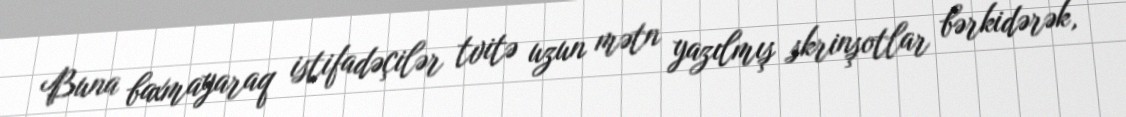
Buna baxmayaraq istifadəçilər tvitə uzun mətn yazılmış skrinşotlar bərkidərək,